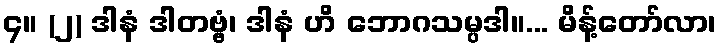
၄။ (၂) ဒါနံ ဒါတဗ္ဗံ၊ ဒါနံ ဟိ ဘောဂသမ္ပဒါ။... မိန့်တော်လာ၊